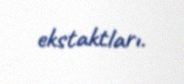
ekstaktları.